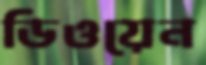
ডিওয়েন